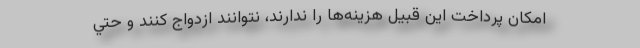
امكان پرداخت اين قبيل هزينه‌ها را ندارند، نتوانند ازدواج كنند و حتي